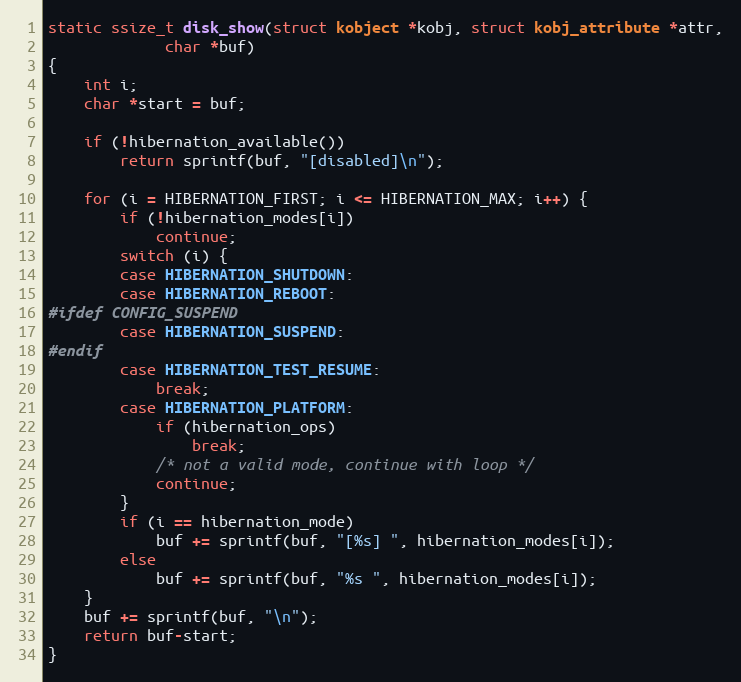
Language: C
static ssize_t disk_show(struct kobject *kobj, struct kobj_attribute *attr,
			 char *buf)
{
	int i;
	char *start = buf;

	if (!hibernation_available())
		return sprintf(buf, "[disabled]\n");

	for (i = HIBERNATION_FIRST; i <= HIBERNATION_MAX; i++) {
		if (!hibernation_modes[i])
			continue;
		switch (i) {
		case HIBERNATION_SHUTDOWN:
		case HIBERNATION_REBOOT:
#ifdef CONFIG_SUSPEND
		case HIBERNATION_SUSPEND:
#endif
		case HIBERNATION_TEST_RESUME:
			break;
		case HIBERNATION_PLATFORM:
			if (hibernation_ops)
				break;
			/* not a valid mode, continue with loop */
			continue;
		}
		if (i == hibernation_mode)
			buf += sprintf(buf, "[%s] ", hibernation_modes[i]);
		else
			buf += sprintf(buf, "%s ", hibernation_modes[i]);
	}
	buf += sprintf(buf, "\n");
	return buf-start;
}